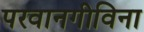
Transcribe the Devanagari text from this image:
परवानगीविना